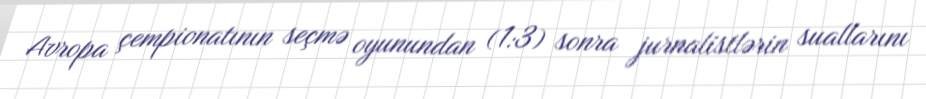
Avropa çempionatının seçmə oyunundan (1:3) sonra jurnalistlərin suallarını